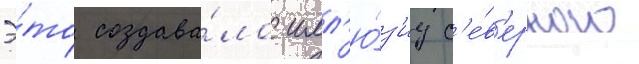
Э́то создава́ло илл'ю́з'иу с'е́в'ерного